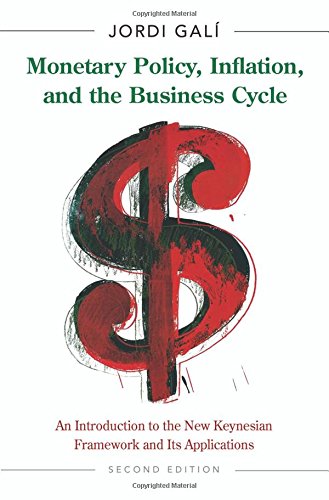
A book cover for Monetary Policy, Inflation, and the Business Cycle: An Introduction to the New Keynesian Framework and Its Applications, Second edition; Jordi GalÃ­; Business & Money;